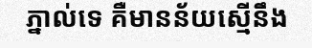
ភ្នាល់ទេ គឺមានន័យស្មើនឹង